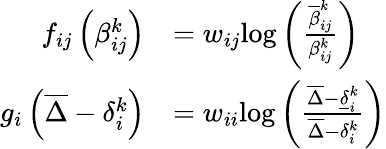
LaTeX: \begin{array}{rl}{f_{ij}\left(\beta_{ij}^{k}\right)}&{=w_{ij}\mathrm{log}\left(\frac{\overline{{\beta}}_{ij}^{k}}{\beta_{ij}^{k}}\right)}\\ {g_{i}\left(\overline{{\Delta}}-\delta_{i}^{k}\right)}&{=w_{ii}\mathrm{log}\left(\frac{\overline{{\Delta}}-\underline{{\delta}}_{i}^{k}}{\overline{{\Delta}}-\delta_{i}^{k}}\right)}\end{array}